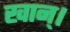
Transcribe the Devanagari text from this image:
खान्।